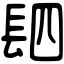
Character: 䦉